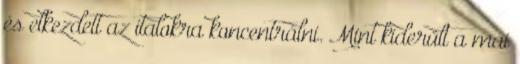
és elkezdett az italokra koncentrálni. Mint kiderült a mai